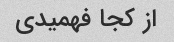
از کجا فهمیدی